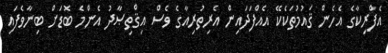
އެފްރިކާގެ އެހެން ޤައުމުތަކެކޭ އެއްފަދައިން އެރިތުރިއާގެ ވެސް އިޤްތިޞާދު އެންމެ ބޮޑަށް ބިނާވެފައި